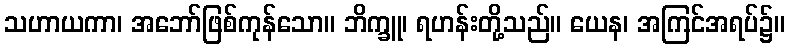
သဟာယကာ၊ အဘော်ဖြစ်ကုန်သော။ ဘိက္ခူ၊ ရဟန်းတို့သည်။ ယေန၊ အကြင်အရပ်၌။